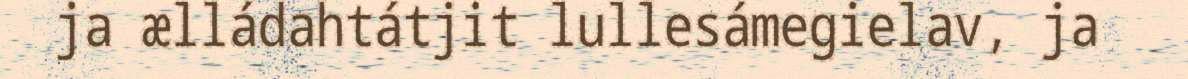
ja ælládahtátjit lullesámegielav, ja